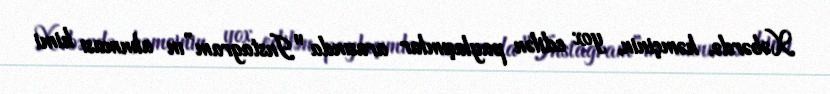
Xəbərdə, həmçinin, yox edilən paylaşımlar arasında "Instagram”ın alınması kimi